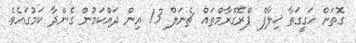
ގޮތަށް ހަގީގަތާ ޚިލާފް ޕްރޮގްރާމްތައް ޗެނަލް 13 އިން ދައްކަމުން ގެންދާ ކަމުގައެވެ.